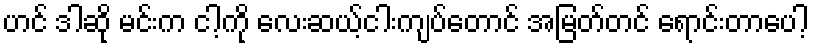
ဟင် ဒါဆို မင်းက ငါ့ကို လေးဆယ့်ငါးကျပ်တောင် အမြတ်တင် ရောင်းတာပေါ့